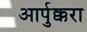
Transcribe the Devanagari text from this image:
आर्पुक्करा